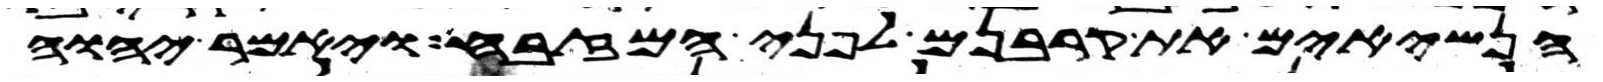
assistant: הנשיאים את קרבנם לפני המזבח ויאמר יהוה